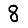
Digit: 8